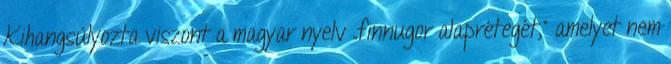
Kihangsúlyozta viszont a magyar nyelv „finnugor alaprétegét," amelyet nem